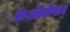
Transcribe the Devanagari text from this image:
क्रेओलेस।